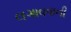
લગાવવાની